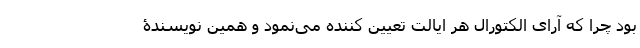
بود چرا که آرای الکتورال هر ایالت تعیین کننده می‌نمود و همین نویسندۀ